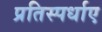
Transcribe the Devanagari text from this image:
प्रतिस्पर्धाए